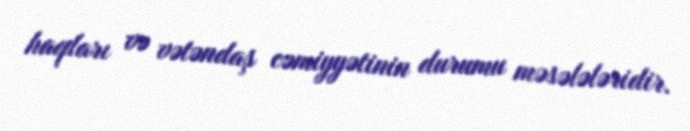
haqları və vətəndaş cəmiyyətinin durumu məsələləridir.